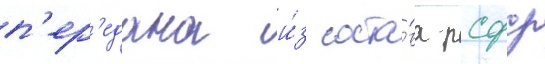
п'ер'едана и́з соста́ва рсфср